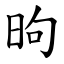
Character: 昫